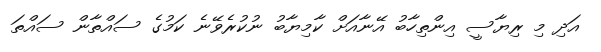
އަދި މި ރިޔާސީ އިންތިހާބު އޭނާއަށް ކާމިޔާބު ނުކުރެވޭނެ ކަމުގެ ސައްތާން ސައްތަ